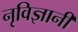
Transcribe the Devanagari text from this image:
नृविज्ञानी